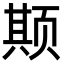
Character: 𬱦